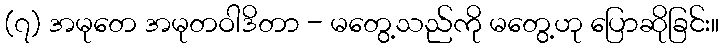
(၇) အမုတေ အမုတဝါဒိတာ - မတွေ့သည်ကို မတွေ့ဟု ပြောဆိုခြင်း။